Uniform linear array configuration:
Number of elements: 8
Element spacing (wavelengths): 0.25
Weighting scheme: hann
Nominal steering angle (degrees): -60
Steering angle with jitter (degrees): -61.728
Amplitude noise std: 0.05
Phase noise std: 0.05

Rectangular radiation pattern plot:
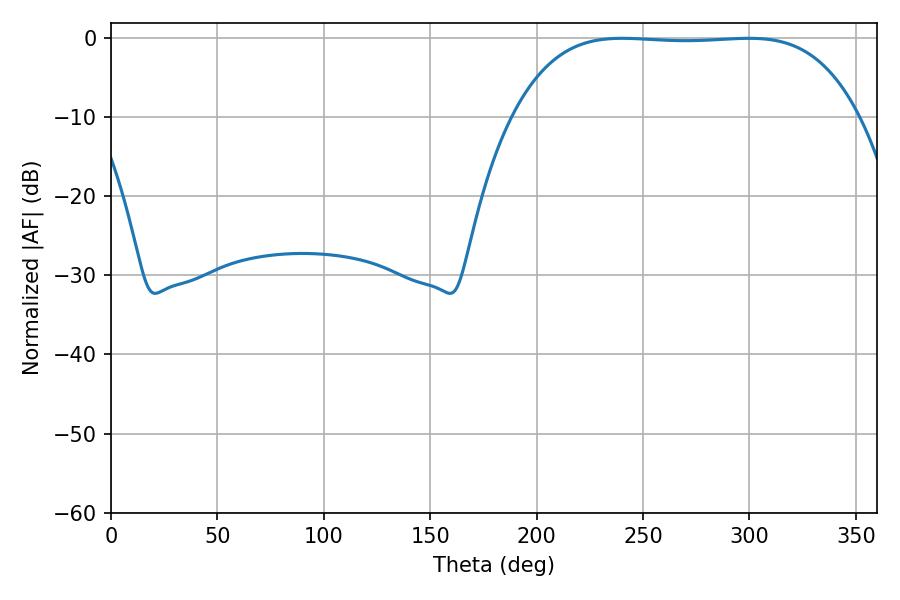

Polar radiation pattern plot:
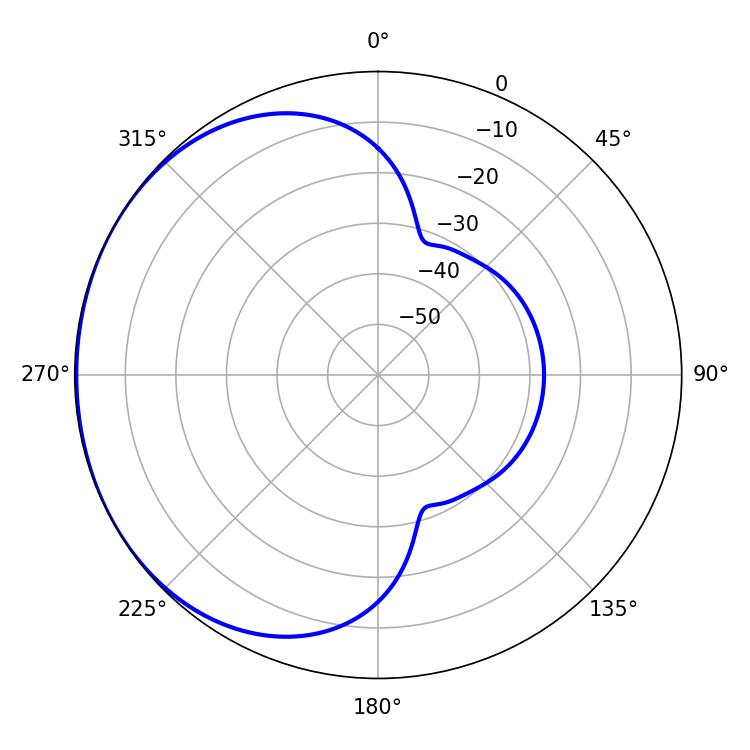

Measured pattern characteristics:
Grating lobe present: FALSE
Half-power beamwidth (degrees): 126
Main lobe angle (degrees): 240.12